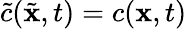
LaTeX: \tilde{c}(\tilde{\mathbf{x}},t)=c(\mathbf{x},t)